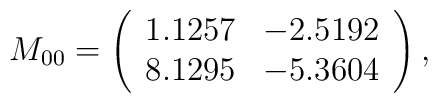
M_{00}=\left(\begin{array}{c c}1.1257&-2.5192\\8.1295&-5.3604\\\end{array}\right),